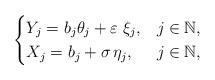
\begin{align*}\begin{cases} Y_j=b_j \theta_j+\varepsilon \; \xi_j, & j \in \mathbb{N}, \\X_j= b_j +\sigma \, \eta_j, & j \in \mathbb{N},\end{cases}\end{align*}